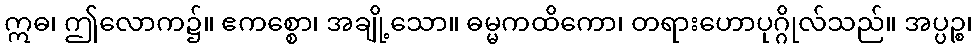
ဣဓ၊ ဤလောက၌။ ဧကစ္စော၊ အချို့သော။ ဓမ္မကထိကော၊ တရားဟောပုဂ္ဂိုလ်သည်။ အပ္ပဉ္စ၊